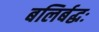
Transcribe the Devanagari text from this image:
बलिर्बद्धः